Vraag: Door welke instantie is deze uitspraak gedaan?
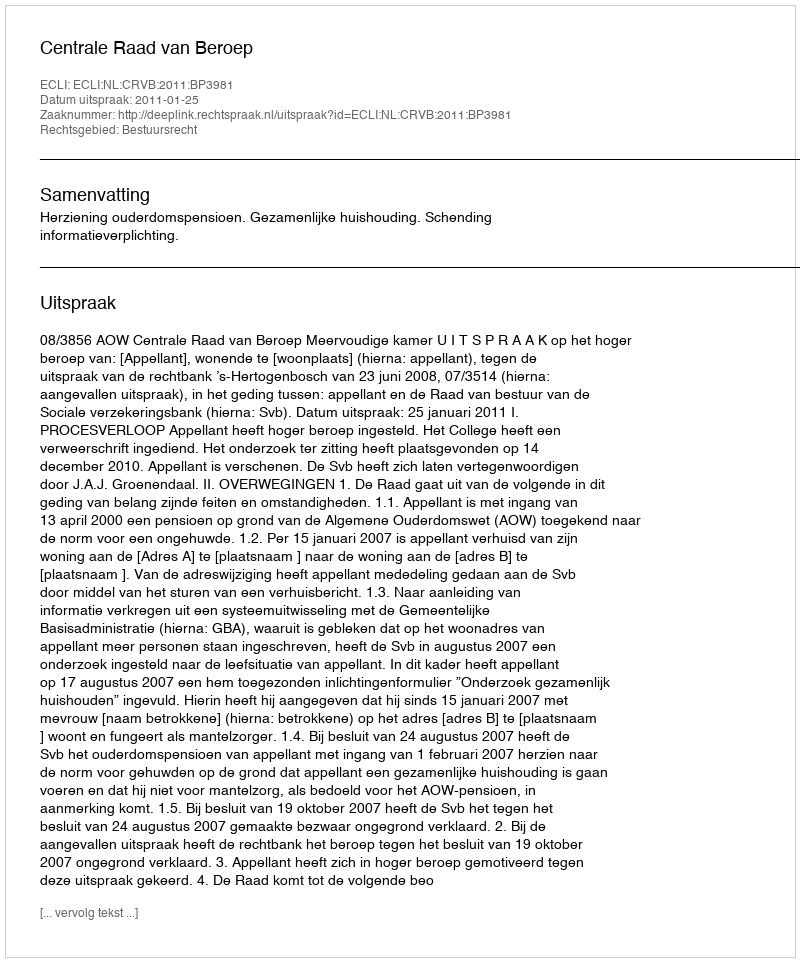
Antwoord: Centrale Raad van Beroep